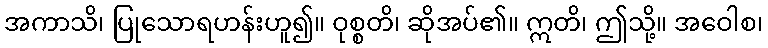
အကာသိ၊ ပြုသောရဟန်းဟူ၍။ ဝုစ္စတိ၊ ဆိုအပ်၏။ ဣတိ၊ ဤသို့။ အဝေါစ၊